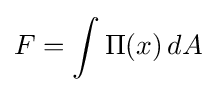
F=\int \Pi (x)\,dA